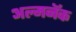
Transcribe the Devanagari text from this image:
अल्मनॅक